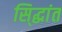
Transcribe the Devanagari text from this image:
सि्द्धांत